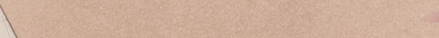
تأسيس للكتب والمستلزمات ا